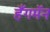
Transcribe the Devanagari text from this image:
हँगमॅन